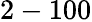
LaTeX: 2-100